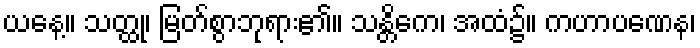
ယနေ့။ သတ္ထု၊ မြတ်စွာဘုရား၏။ သန္တိကေ၊ အထံ၌။ ကဟာပဏေန၊